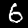
Label: 6